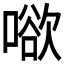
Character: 𭊒